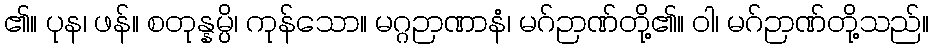
၏။ ပုန၊ ဖန်။ စတုန္နမ္ပိ၊ ကုန်သော။ မဂ္ဂဉာဏာနံ၊ မဂ်ဉာဏ်တို့၏။ ဝါ၊ မဂ်ဉာဏ်တို့သည်။